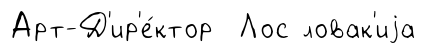
Арт-Д'ир'е́ктор Лос ловак'иjа